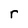
Character: r